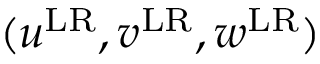
( u ^ { \mathrm { L R } } , v ^ { \mathrm { L R } } , w ^ { \mathrm { L R } } )